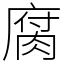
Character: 腐